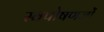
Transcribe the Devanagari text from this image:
स्वपोषणजों